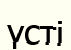
үсті